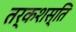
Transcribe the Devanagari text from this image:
तर्कशस्ति